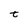
Character: t